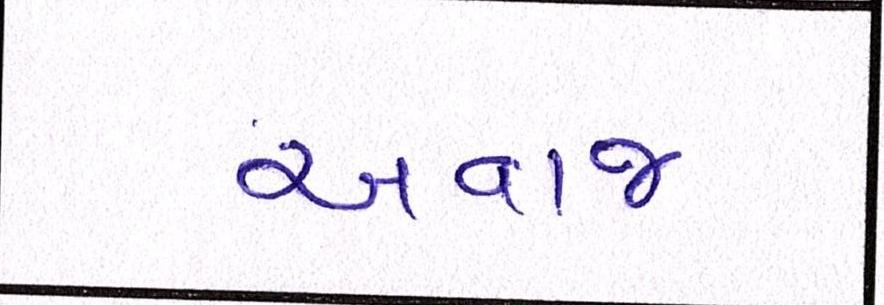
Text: અવાજ